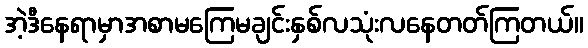
အဲ့ဒီနေရာမှာအစာမကြေမချင်းနှစ်လသုံးလနေတတ်ကြတယ်။